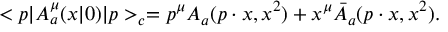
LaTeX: < p | A _ { a } ^ { \mu } ( x | 0 ) | p > _ { c } = p ^ { \mu } A _ { a } ( p \cdot x , x ^ { 2 } ) + x ^ { \mu } \bar { A } _ { a } ( p \cdot x , x ^ { 2 } ) .